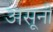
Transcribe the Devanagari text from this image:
असूनी